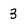
Character: 3